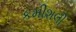
કમીશલી